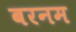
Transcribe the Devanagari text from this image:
बरनम